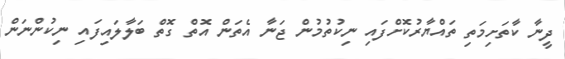
ދީނާ ކާތަށިމަތި ތައްޔާރުކޮށްފައި ނިކުތުމުން ޖަނާ އެތަން އޮތް ގޮތް ބަލާލައިފައި ނިކުންނަން